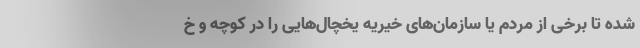
شده تا برخی از مردم یا سازمان‌های خیریه یخچال‌هایی را در کوچه و خ